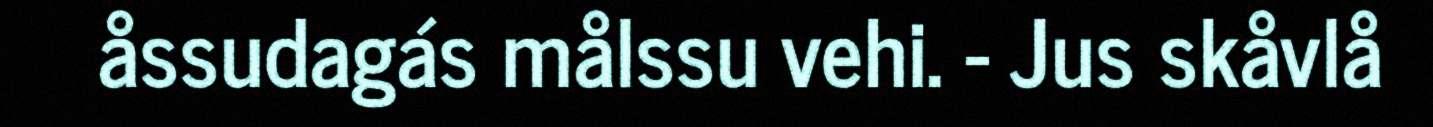
åssudagás målssu vehi. - Jus skåvlå